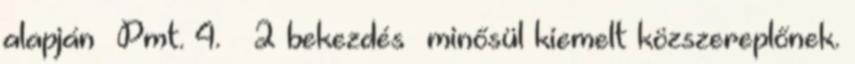
alapján Pmt. 4. § 2 bekezdés minősül kiemelt közszereplőnek.